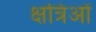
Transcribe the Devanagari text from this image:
क्षत्रिओं